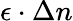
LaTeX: \epsilon\cdot\Delta n